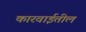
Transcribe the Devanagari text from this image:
कारवाईतील